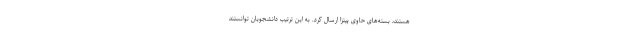
هستند،‌ بسته‌های حاوی پیتزا ارسال کرد. به این ترتیب دانشجویان توانستند